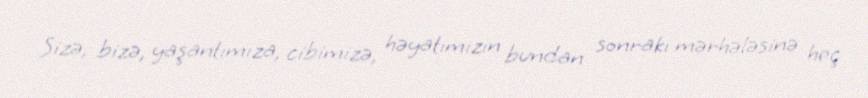
Sizə, bizə, yaşantımıza, cibimizə, həyatımızın bundan sonrakı mərhələsinə heç